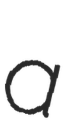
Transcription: a